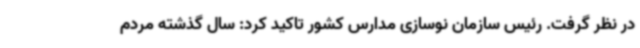
در نظر گرفت. رئیس سازمان نوسازی مدارس کشور تاکید کرد: سال گذشته مردم